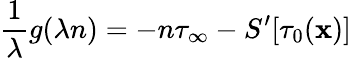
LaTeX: {\frac{1}{\lambda}}g(\lambda n)=-n\tau_{\infty}-S^{\prime}[\tau_{0}({\mathbf x})]